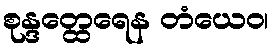
စုန္ဒတ္ထေရေန တံယေဝ၊